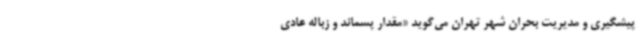
پیشگیری و مدیریت بحران شهر تهران می‌گوید «مقدار پسماند و زباله عادی